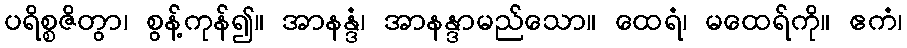
ပရိစ္စဇိတွာ၊ စွန့်ကုန်၍။ အာနန္ဒံ၊ အာနန္ဒာမည်သော။ ထေရံ၊ မထေရ်ကို။ ဧကံ၊